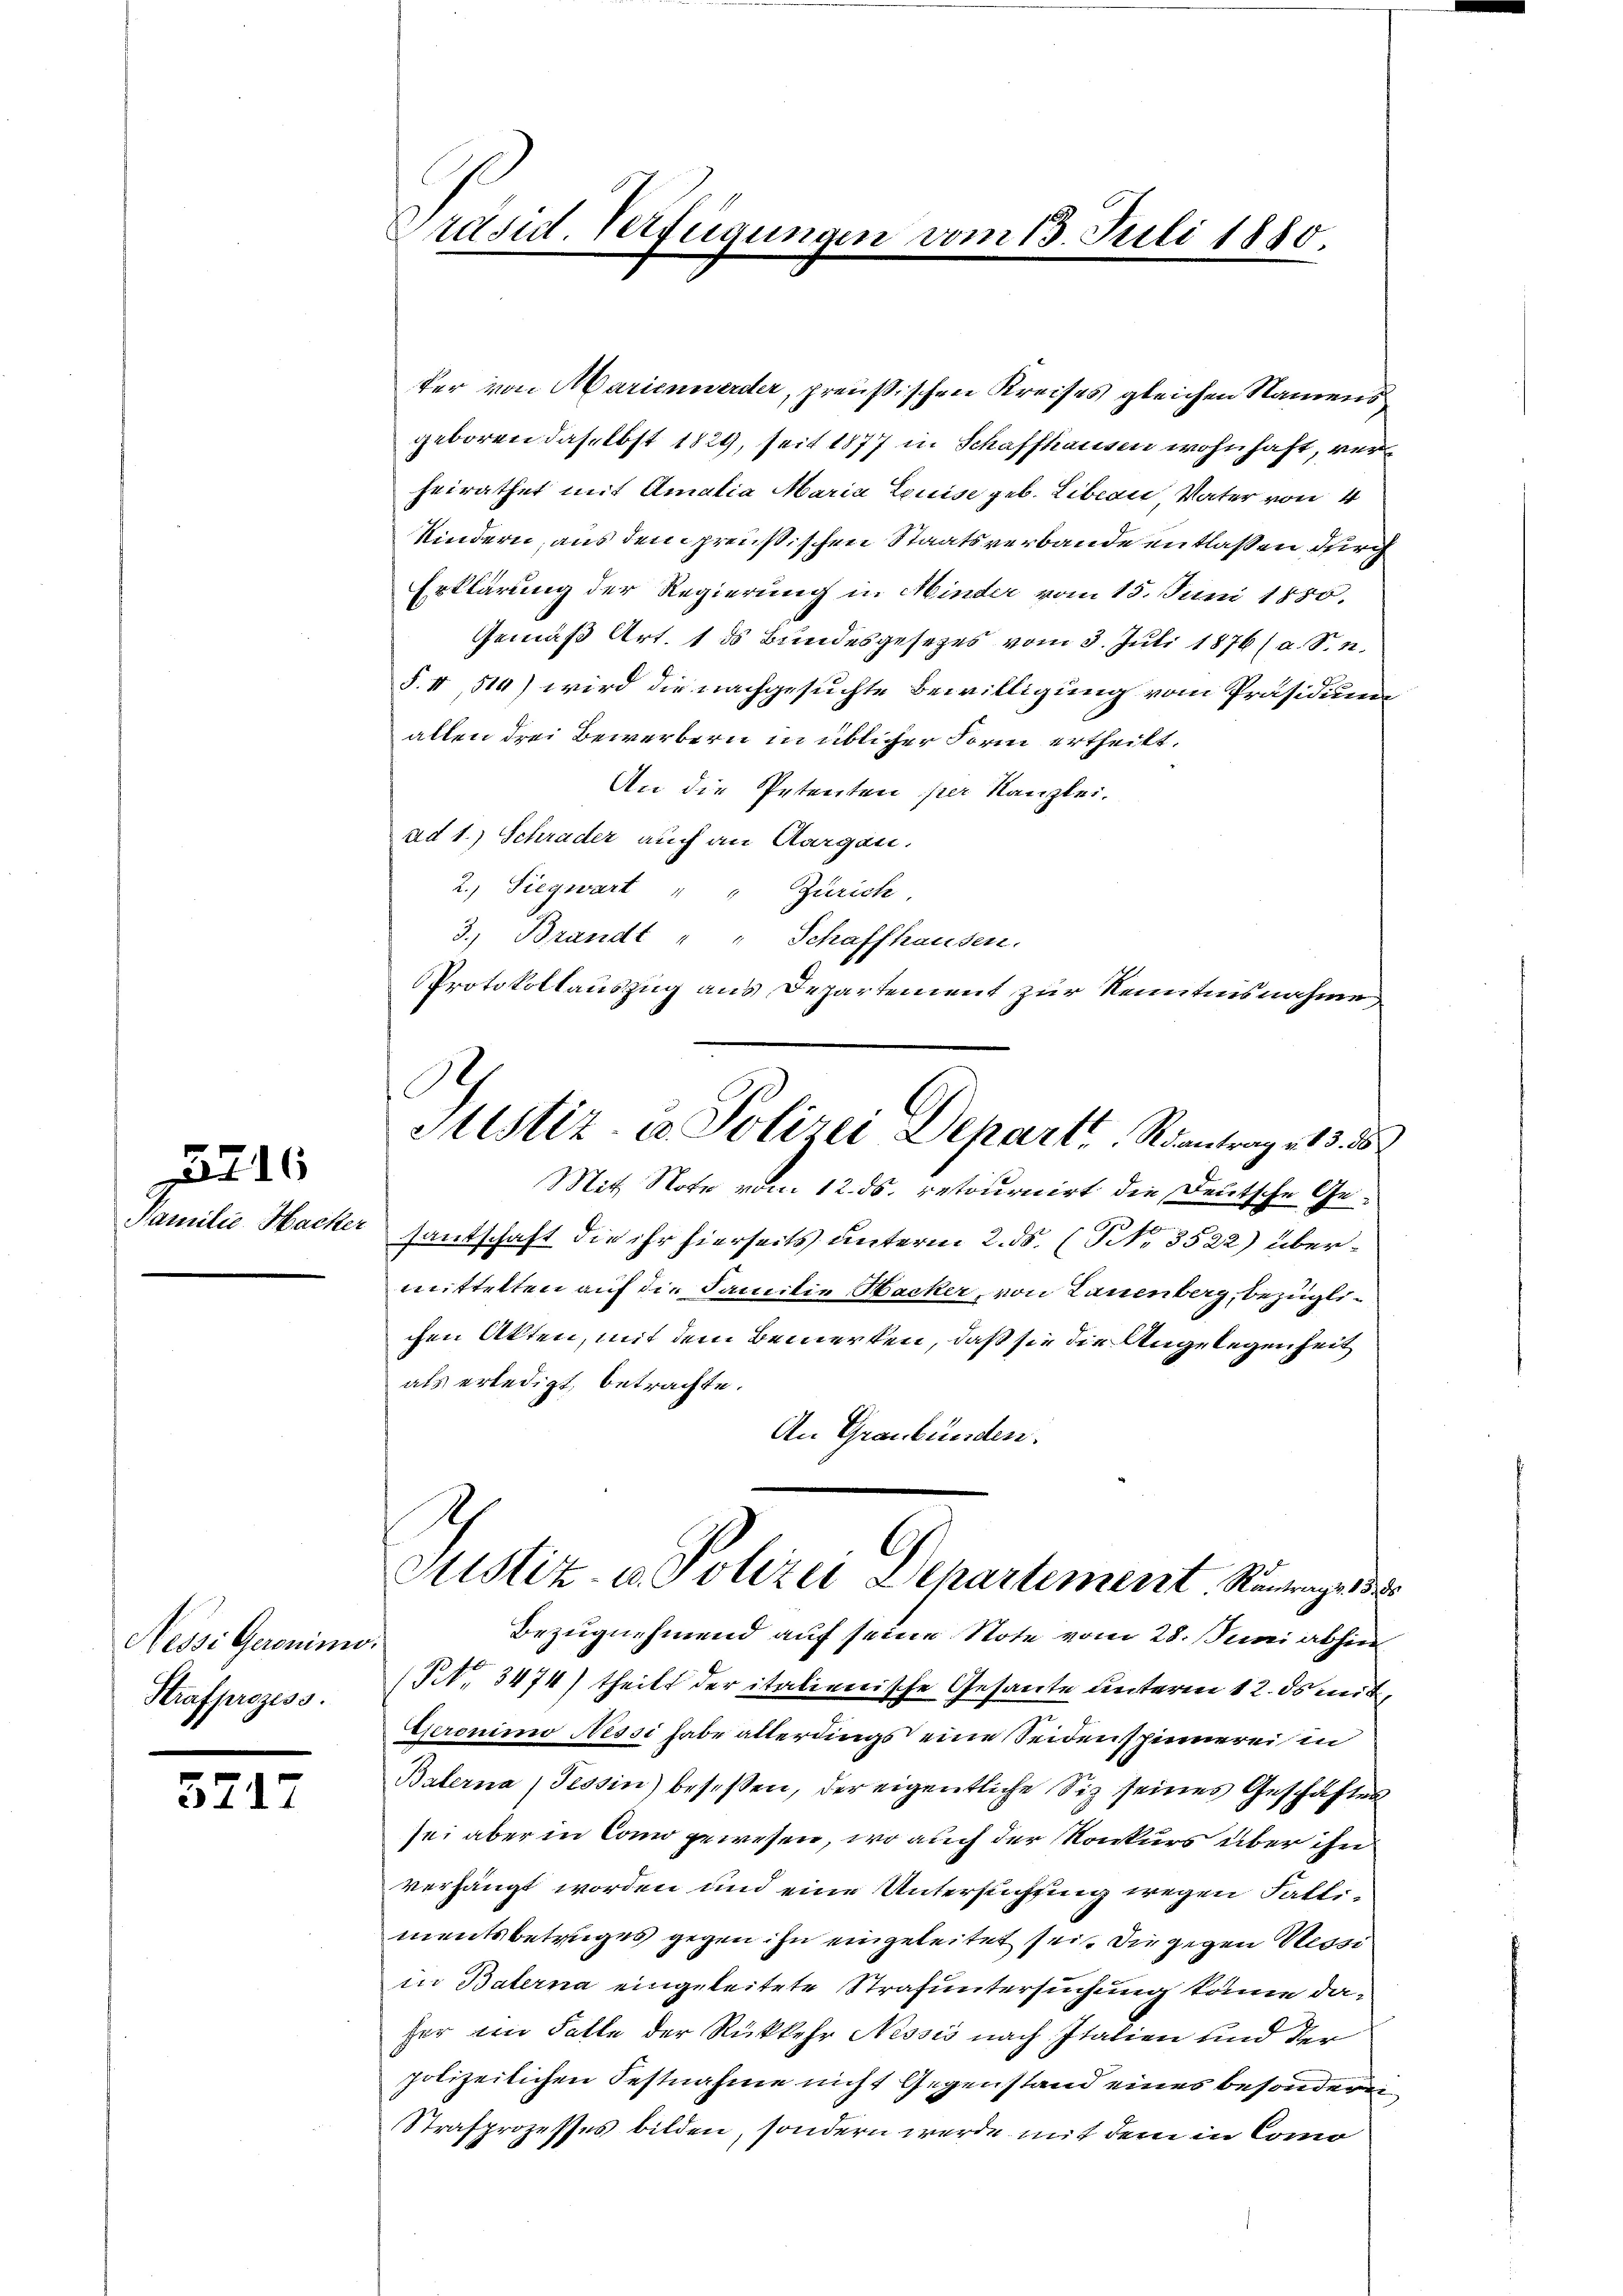
Familie Hacker

216

Nessi Geroninio.
Strafprozess.

5717

Präsid. Verfügungen vom 13. Juli 1880.

Bezugnehmend auf seine Note vom 28. Juni abhin
(Nr. 3474) theilt der italienische Gesante unteren 12. ds mit
Gseronimo Nessi habe allerdings eine Seidenspinnerei in
Balerna, Tessin besessen, der eigentliche Siz seines Geschäften
sei aber in Land gewesen, wo auch der Konkurs über ihn
verhängt worden und eine Untersuchtung wegen Fallimentsbetruges gegen ihn eingeleitet sei. Die gegen Nessi
in Baterna eingeleitete Strafuntersuchung könne daher im Falle der Rückkehr Nessis nach Italien und der
polizeilichen Festnahme nicht Gegenstand eines besonderen
Strafprozesses bilden, sondern werde mit dem in Como

ker von Marienwerder, preußischen Kreises gleichen Namens
geboren daselbst 1829, seit 1877 in Schaffhausen wohnhaft, verheirathet mit Amalia Maria Louise geb. Liban Vater von 4
Kindern, aus dem preußischen Staatsverbande entlaßen durch
Erklärung der Regierung in Minder vom 15. Juni 1880.
Gemäß Art. 1 ds Bundesgesezes vom 3. Juli 1876/ a. S. n.
§. II, 510) wird die nachgesuchte Bewilligung vom Präsidium
allen drei Bewerbern in üblicher Form ertheilt.
An die Petenten per Kanzlei,
ad 1.) Schrader auch an Aargau.
2.) Siegwart " Zürich
3. Brandt " " Schaffhausen.
Protokollauszug aus Departement zur Kenntnisnahme

santschaft die ihr hierseits unterm 2. ds. (N. 3522) übermittelten auf die Familie Hacker, von Lauenberg, bezüglichen Akten, mit dem Bemerken, daß sie die Angelegenheit
als erledigt, betrachte.
An Graubünden.

Justiz- & Polizei Depart Rantrag 215. d
Mit Note vom 12. ds. retournirt die Deutsche Ge¬

C
Sistiz- u. Polizei Departement Rantrage 18